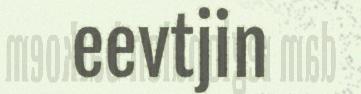
eevtjin